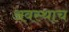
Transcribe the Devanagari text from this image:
अवस्थाच